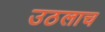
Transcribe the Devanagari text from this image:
उठलाच